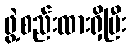
ဖွဲ့စည်းထားရှိပြီး